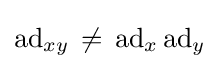
\operatorname {ad} _{xy}\,\neq \,\operatorname {ad} _{x}\operatorname {ad} _{y}